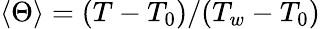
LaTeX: \left<\Theta\right>=(T-T_{0})/(T_{w}-T_{0})